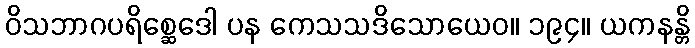
ဝိသဘာဂပရိစ္ဆေဒေါ ပန ကေသသဒိသောယေဝ။ ၁၉၄။ ယကနန္တိ